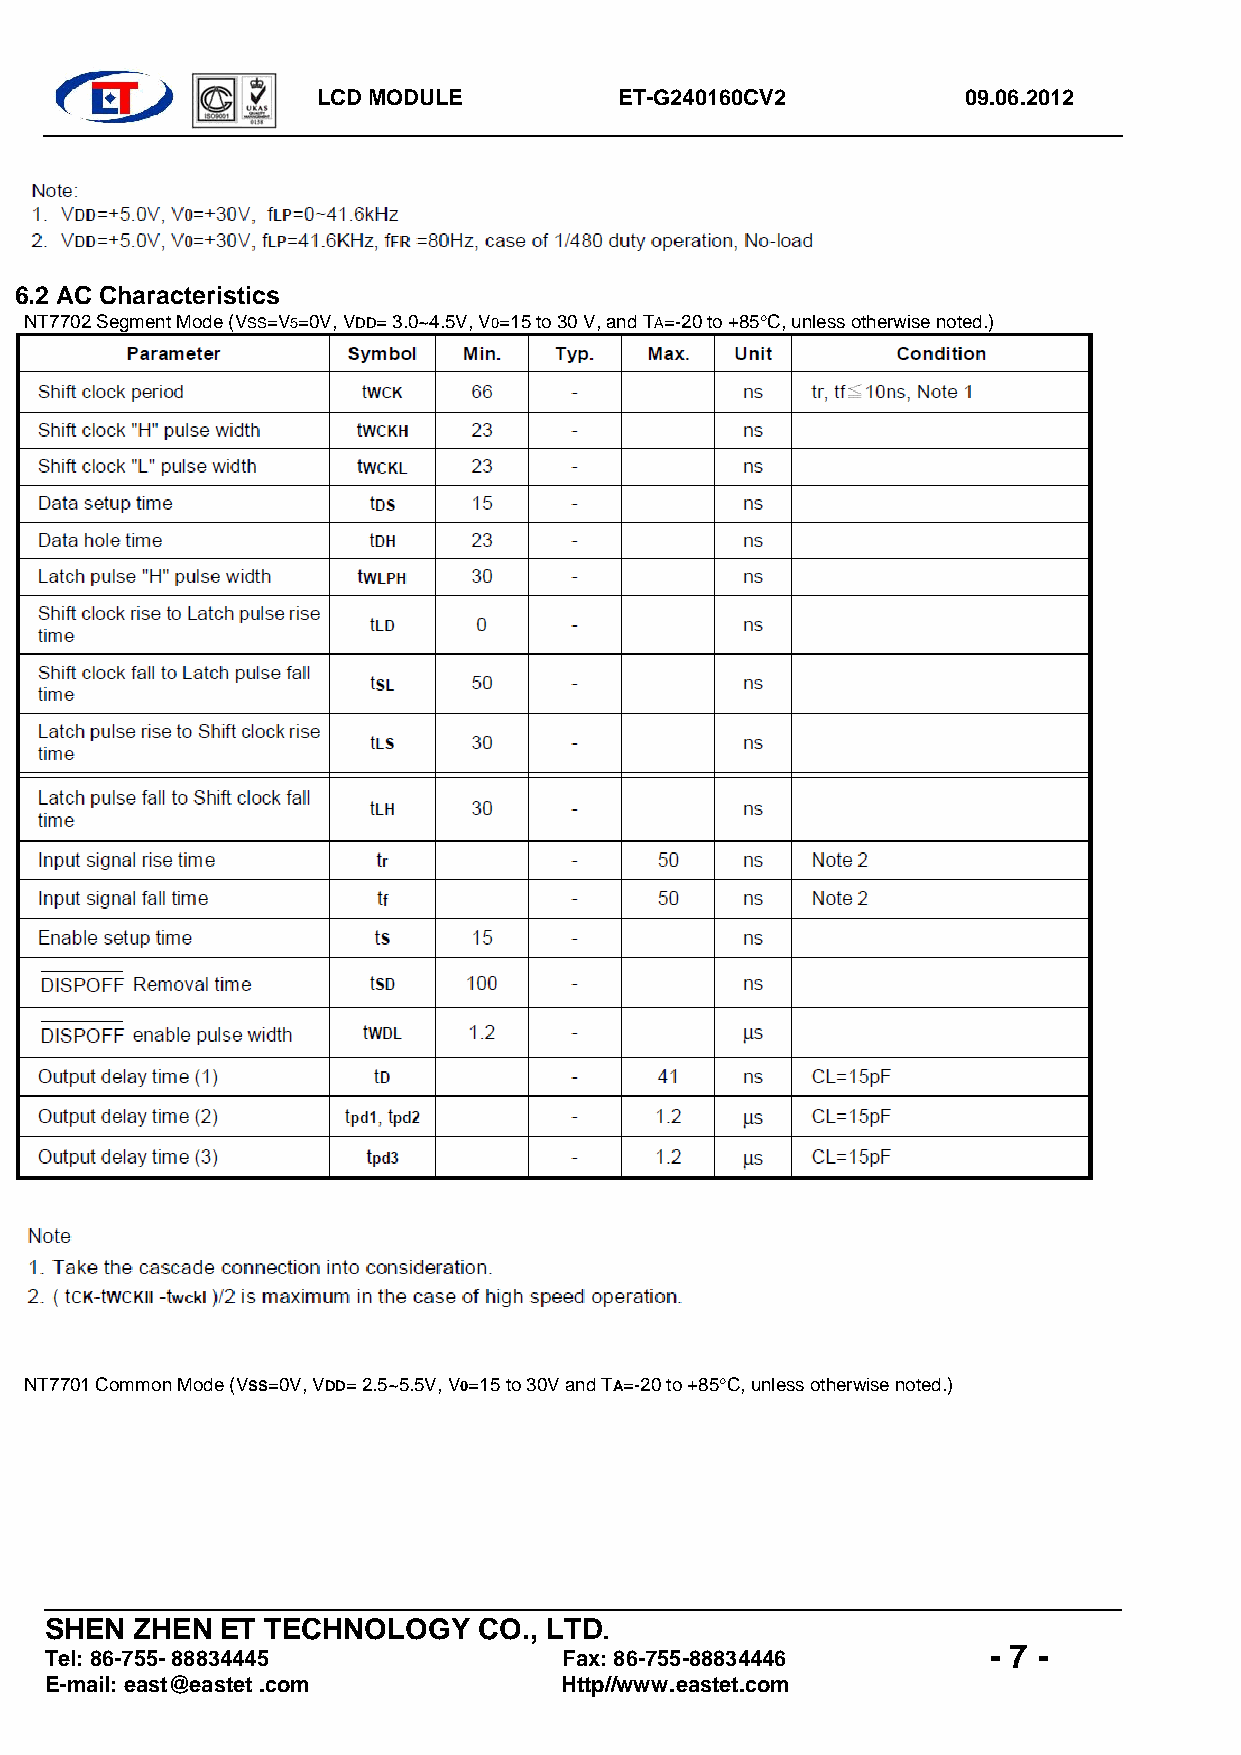
LCD MODULE          ET-G240160CV2          09.06.2012
 
 6.2 AC Characteristics
 NT7702 Segment Mode (VSS=V5=0V, VDD= 3.0~4.5V, V0=15 to 30 V, and TA=-20 to +85C, unless otherwise noted.)
 NT7701 Common Mode (VSS=0V, VDD= 2.5~5.5V, V0=15 to 30V and TA=-20 to +85C, unless otherwise noted.)
 SHEN  ZHEN  ET TECHNOLOGY    CO., LTD.
 - 7 -
 Tel: 86-755- 88834445             Fax: 86-755-88834446
 E-mail: east@eastet .com          Http//www.eastet.com